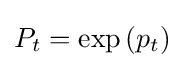
P_{t}=\exp {(p_{t})}